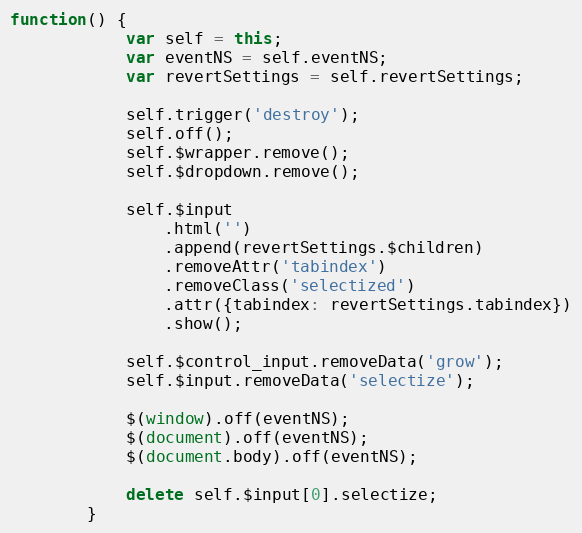
Language: JavaScript
function() {
			var self = this;
			var eventNS = self.eventNS;
			var revertSettings = self.revertSettings;

			self.trigger('destroy');
			self.off();
			self.$wrapper.remove();
			self.$dropdown.remove();

			self.$input
				.html('')
				.append(revertSettings.$children)
				.removeAttr('tabindex')
				.removeClass('selectized')
				.attr({tabindex: revertSettings.tabindex})
				.show();

			self.$control_input.removeData('grow');
			self.$input.removeData('selectize');

			$(window).off(eventNS);
			$(document).off(eventNS);
			$(document.body).off(eventNS);

			delete self.$input[0].selectize;
		}